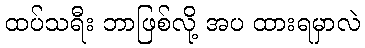
ထပ်သရီး ဘာဖြစ်လို့ အပ ထားရမှာလဲ